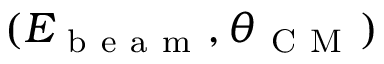
( E _ { \mathrm { ~ b ~ e ~ a ~ m ~ } } , \theta _ { \mathrm { ~ C ~ M ~ } } )